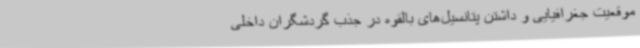
موقعیت جغرافیایی و داشتن پتانسیل‌های بالقوه در جذب گردشگران داخلی